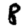
Digit: 8